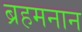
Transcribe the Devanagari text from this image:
ब्रहमनान